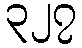
၃၂၇